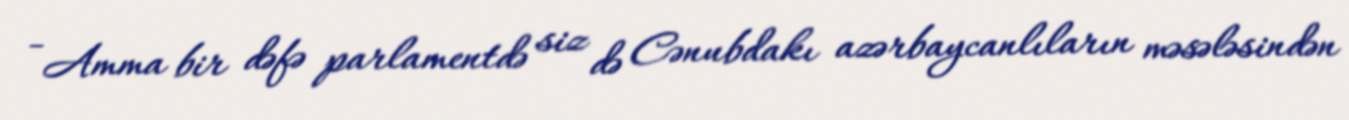
- Amma bir dəfə parlamentdə siz də Cənubdakı azərbaycanlıların məsələsindən